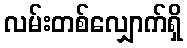
လမ်းတစ်လျှောက်ရှိ